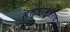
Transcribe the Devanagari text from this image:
सत्तान्तरण